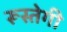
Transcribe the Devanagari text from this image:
रूस्तेगी